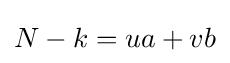
N-k=ua+vb